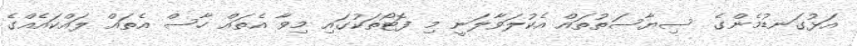
އަޅުގަނޑުމެންގެ ސިޔާސަތުތައް އެކުލަވާލަނީ މި ފޮޓޯތަކުގައި މިވާ އެތައް ހާސް އެތައް ލައްކައެއްގެ